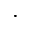
\cdot